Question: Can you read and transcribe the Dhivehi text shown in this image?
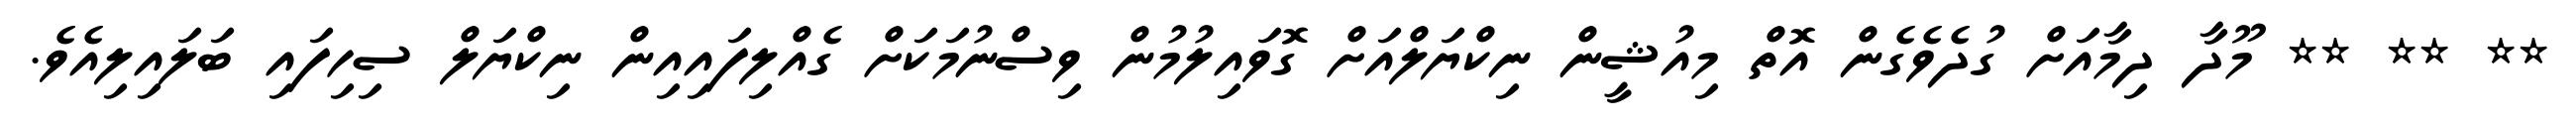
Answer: ** ** ** މޫދާ ދިމާއަށް ގުދެވެގެން އޮތް މިއުޝީން ނިކްޔަލްއަށް ގޮވައިލުމުން ވިސްނުމަކަށް ގެއްލިފައިއިން ނިކްޔަލް ސިހިފައި ބަލައިލިއެވެ.